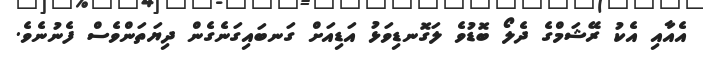
އެއާއި އެކު ރޭޝަމްގެ ދެލޯ ބޮޑުވެ ލަގޮނޑިވަޅު އަޑިއަށް ގަނބައިގަނެގެން ދިޔަތަންވެސް ފެނުނެވެ.